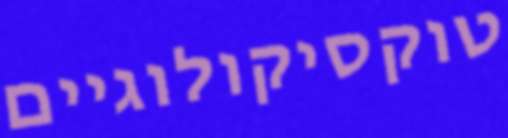
טוקסיקולוגיים